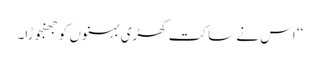
‘‘ اس نے ساکت کھڑی بہنوں کو جھنجوڑا۔